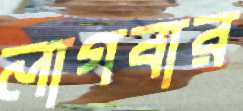
লাগবার